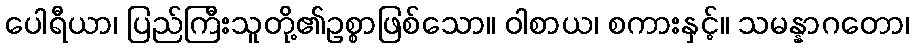
ပေါရီယာ၊ ပြည်ကြီးသူတို့၏ဥစ္စာဖြစ်သော။ ဝါစာယ၊ စကားနှင့်။ သမန္နာဂတော၊